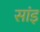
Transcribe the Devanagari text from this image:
सांइ